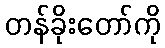
တန်ခိုးတော်ကို